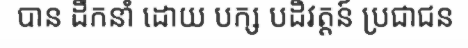
បាន ដឹកនាំ ដោយ បក្ស បដិវត្តន៍ ប្រជាជន